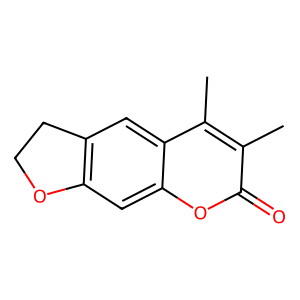
SMILES: Cc1c(C)c2cc3c(cc2oc1=O)OCC3
Inhibits HIV replication: No